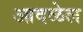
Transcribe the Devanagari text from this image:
आदळेल